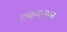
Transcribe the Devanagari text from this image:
ह्दयराम